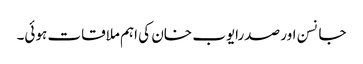
جانسن اور صدرایوب خان کی اہم ملاقات ہوئی۔